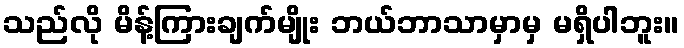
သည်လို မိန့်ကြားချက်မျိုး ဘယ်ဘာသာမှာမှ မရှိပါဘူး။